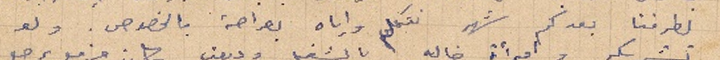
لطرفنا بعد كم شهر نتكلم واياه بصراحة بالخصوص. ولو